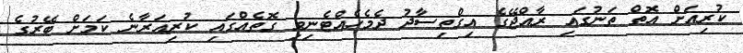
ކުރިއަށް އޮތް ތަނުގައި ރާއްޖޭގެ އިގްތިސާދު ދެމެހެއްޓެނިވި ގޮތެއްގައި ކުރިއަރާނެ ކަމަށް ބޭރުގެ